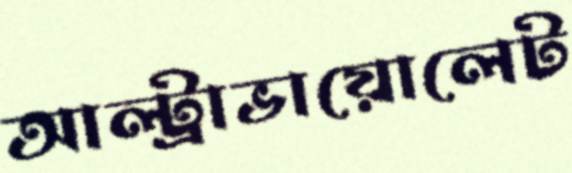
আল্ট্রাভায়োলেট